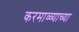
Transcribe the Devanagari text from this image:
करमाळ्याच्या